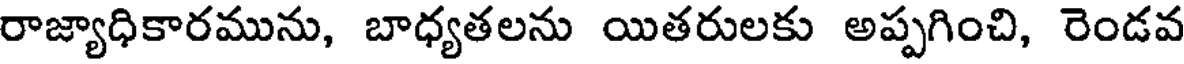
రాజ్యాధికారమును, బాధ్యతలను యితరులకు అప్పగించి, రెండవ